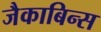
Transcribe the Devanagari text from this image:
जैकाबिन्स